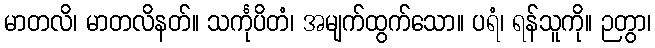
မာတလိ၊ မာတလိနတ်။ သင်္ကုပိတံ၊ အမျက်ထွက်သော။ ပရံ၊ ရန်သူကို။ ဉတွာ၊